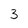
Character: 3